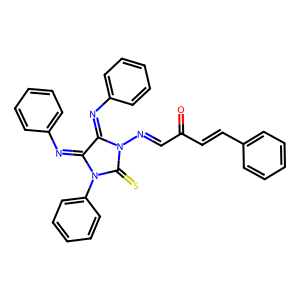
SMILES: O=C(C=Cc1ccccc1)C=NN1C(=S)N(c2ccccc2)C(=Nc2ccccc2)C1=Nc1ccccc1
Inhibits HIV replication: No